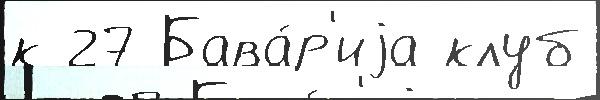
к 27 Бава́р'иjа клуб